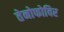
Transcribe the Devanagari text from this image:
तेनोफोविर